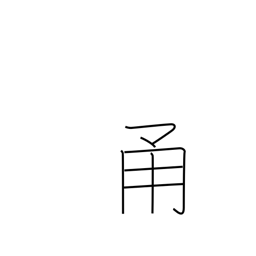
Meaning: road with walls on both sides